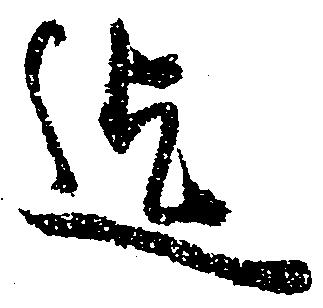
迄